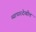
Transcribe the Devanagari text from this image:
व्यापारदेखील